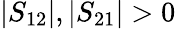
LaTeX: |S_{12}|,|S_{21}|>0